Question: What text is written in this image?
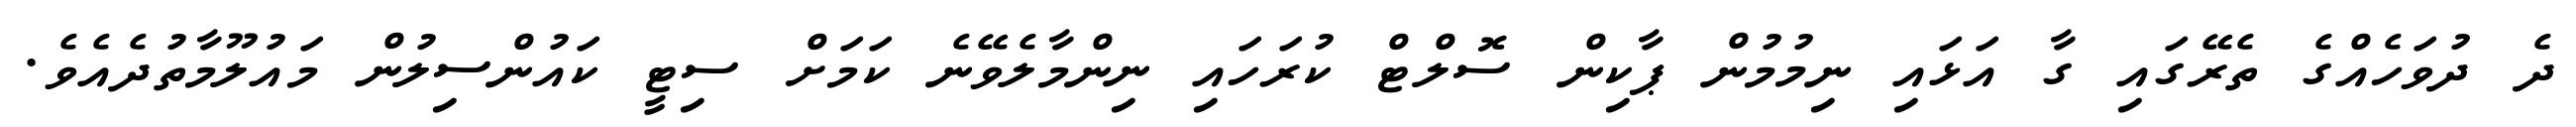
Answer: ދެ ދުވަހެއްގެ ތެރޭގައި ގާ އަޅައި ނިމުމުން ޕާކިން ސޮލްޓް ކުރަހައި ނިންމާލެވޭނެ ކަމަށް ސިޓީ ކައުންސިލުން މައުލޫމާތުދެއެވެ.